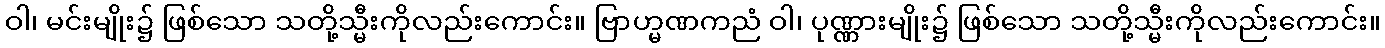
ဝါ၊ မင်းမျိုး၌ ဖြစ်သော သတို့သ္မီးကိုလည်းကောင်း။ ဗြာဟ္မဏကညံ ဝါ၊ ပုဏ္ဏားမျိုး၌ ဖြစ်သော သတို့သ္မီးကိုလည်းကောင်း။